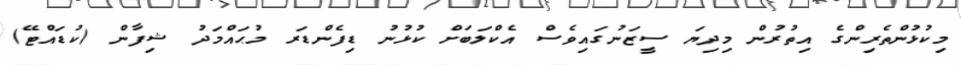
މިކުޅުންތެރިންގެ އިތުރުން މިދިޔަ ސީޒަނުގައިވެސް އެކްލަބަށް ކުޅުނު ޑިފެންޑަރ މުޙައްމަދު ޝިފާން (ކުޑައްޓޭ)